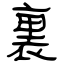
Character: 裏